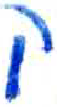
אות: ק